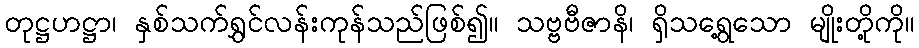
တုဋ္ဌဟဋ္ဌာ၊ နှစ်သက်ရွှင်လန်းကုန်သည်ဖြစ်၍။ သဗ္ဗဗီဇာနိ၊ ရှိသရွေ့သော မျိုးတို့ကို။